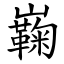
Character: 巈